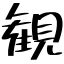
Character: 観